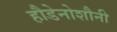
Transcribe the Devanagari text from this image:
हौडेनोशौनी